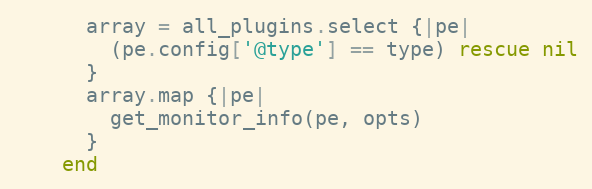
Language: Ruby
      array = all_plugins.select {|pe|
        (pe.config['@type'] == type) rescue nil
      }
      array.map {|pe|
        get_monitor_info(pe, opts)
      }
    end